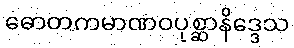
ဓောတကမာဏဝပုစ္ဆာနိဒ္ဒေသ